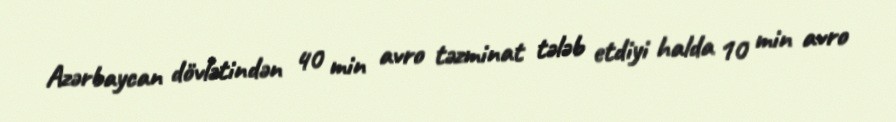
Azərbaycan dövlətindən 40 min avro təzminat tələb etdiyi halda 10 min avro